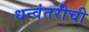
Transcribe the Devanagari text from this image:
धन्वंतरीची